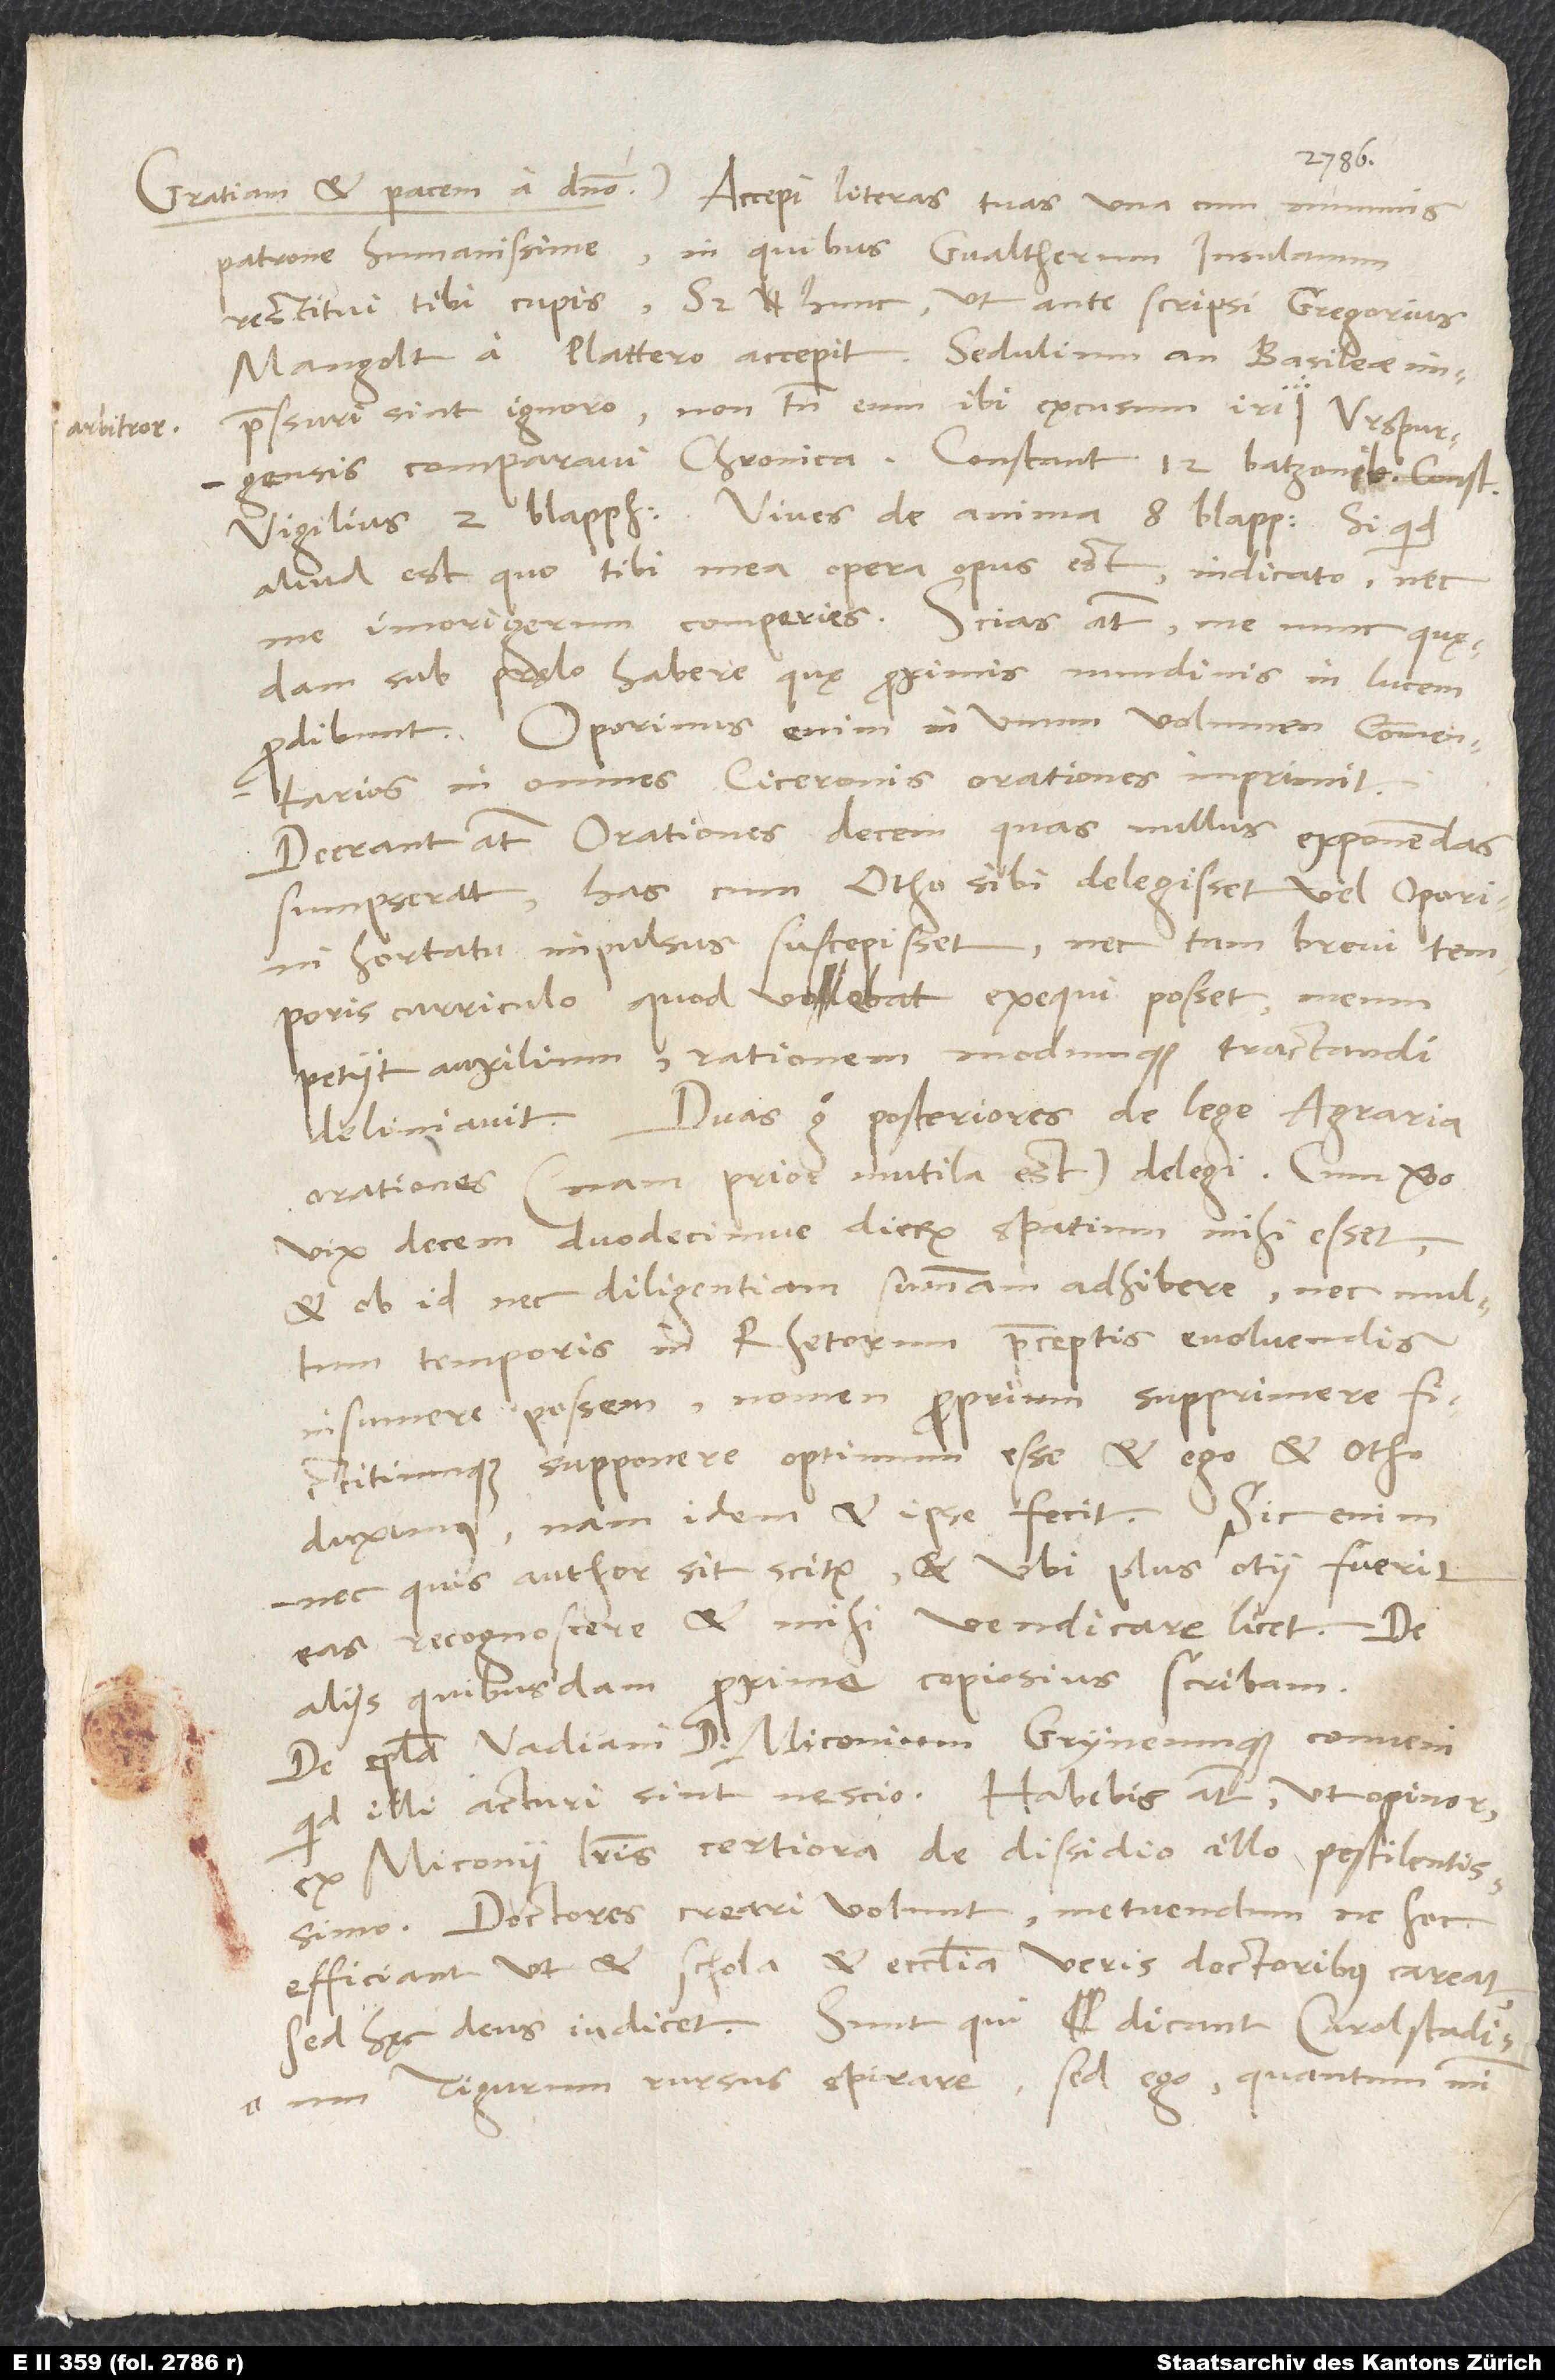
patrone humanissime, in quibus Gvaltherum Insulanum
restitui tibi cupis; sed hunc, ut ante scripsi, Gregorius
Mangolt a Plattero accepit. Sedulium an Basileae
impressuri sint, ignoro; non tamen eum ibi excusum iri
arbitror.
aliud est, quo tibi mea opera opus est, indicato, nec
sub pręlo habere, quę proximis nundinis in lucem
prodibunt. Oporinus enim in unum volumen commentarios
in omnes Ciceronis orationes imprimit.
Deerant autem orationes decem, quas nullus exponendas
sumpserat. Has cum Otho sibi delegisset vel Oporini
hortatu impulsus suscepisset nec tam brevi temporis
curriculo, quod volebat, exequi posset, meum
petiit auxilium, rationem modumque tractandi
Duas ergo posteriores De lege agraria
orationes (nam prior mutila est) delegi. Cum vero
vix decem duodecimve dierum spatium mihi esset
et ob id nec diligentiam summam adhibere nec multum
temporis in rhetorum praeceptis evolvendis
insumere possem, nomen proprium supprimere
fictitiumque supponere optimum esse et ego et Otho
duximus; nam idem et ipse fecit. Sic enim
nec, quis author sit, scitur, et ubi plus otii fuerit,
eas recognoscere et mihi vendicare licet. De
aliis quibusdam proxime copiosius scribam.
De epistola Vadiani d. Miconium Gryneumque conveni;
ex Miconii literis certiora de dissidio illo pestilentissimo.
Doctores creari volunt; metuendum, ne hoc
efficiant, ut et schola et ecclesia veris doctoribus careat.
Sed hęc deus iudicet. Sunt, qui dicant Carolstadium
Tigurum rursus spirare; sed ego, quantum mihi